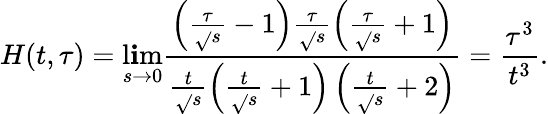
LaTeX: H(t,\tau)=\operatorname*{l\mathbf{i}m}_{s\rightarrow0}\frac{{\left(\frac{{\tau}}{{\sqrt{}{{s}}}}-1\right)\frac{{\tau}}{{\sqrt{}{{s}}}}\left(\frac{{\tau}}{{\sqrt{}{{s}}}}+1\right)}}{{\frac{{t}}{{\sqrt{}{{s}}}}\left(\frac{{t}}{{\sqrt{}{{s}}}}+1\right)\left(\frac{{t}}{{\sqrt{}{{s}}}}+2\right)}}=\frac{{\tau^{3}}}{{t^{3}}}.